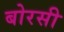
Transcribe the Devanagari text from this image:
बोरसी